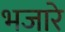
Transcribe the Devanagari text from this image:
भजारे